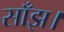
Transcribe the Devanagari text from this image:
साँझ।